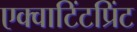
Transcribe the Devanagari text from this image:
एक्वाटिंटप्रिंट